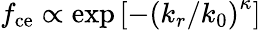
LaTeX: f_{\mathrm{ce}}\propto\exp{\left[-\left(k_{r}/k_{0}\right)^{\kappa}\right]}